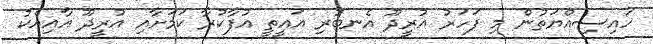
ހައިސިއްޔަތުން މި ފަހަރު އުރީދޫ އެނބުރި އައީތީ އުފާކުރާ ކަމަށާއި އުރީދޫ އާއިއެކު